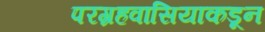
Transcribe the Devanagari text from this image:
परग्रहवासियाकडून